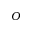
O